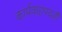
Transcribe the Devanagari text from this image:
कार्यवाहपदही